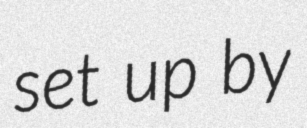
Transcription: set up by